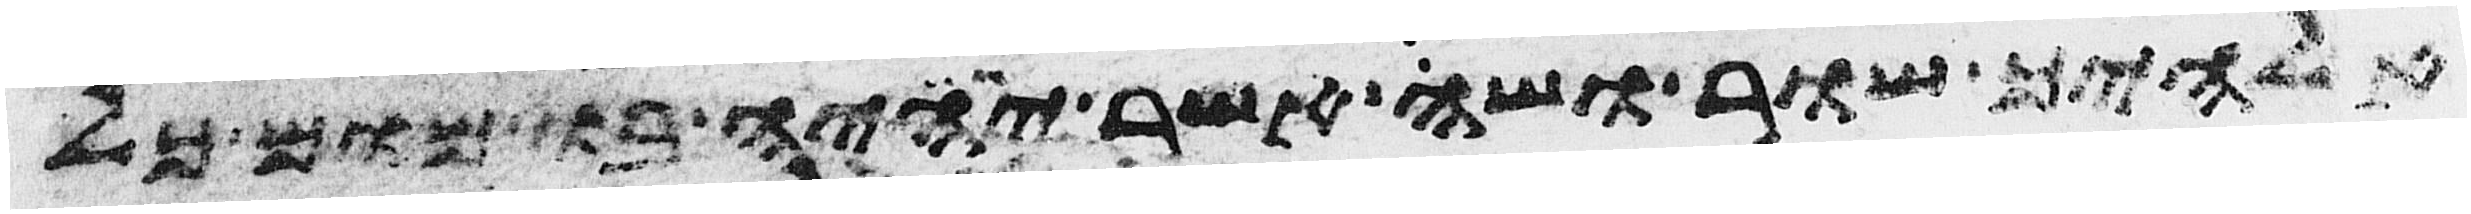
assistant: אלהיך שור ושה אשר יהיה בו מום כל